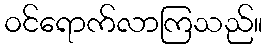
ဝင်ရောက်လာကြသည်။